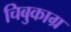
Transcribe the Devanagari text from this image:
चिबुकाग्र